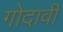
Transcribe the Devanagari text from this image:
गोदावी